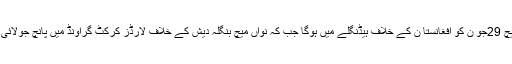
آٹھواں میچ 29جو ن کو افغانستا ن کے خلاف ہیڈنگلے میں ہوگا جب کہ نواں میچ بنگلہ دیش کے خلاف لارڈز کرکٹ گراؤنڈ میں پانچ جولائی کو ہوگا۔